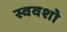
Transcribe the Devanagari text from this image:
स्ववशो